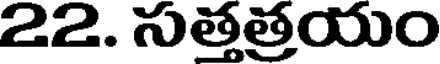
22. సుత్తత్రయం